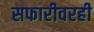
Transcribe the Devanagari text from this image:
सफारीवरही